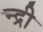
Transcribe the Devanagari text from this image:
न्द्री